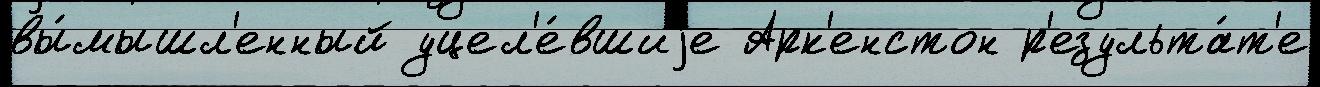
вы́мышл'енный уцел'е́вшиjе Арк'енстон р'езульта́т'е